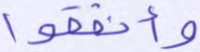
وأنفقوا